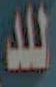
اللد